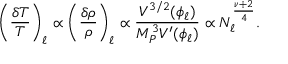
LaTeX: \left( \frac { \delta T } { T } \right) _ { \ell } \propto \left( \frac { \delta \rho } { \rho } \right) _ { \ell } \propto \frac { V ^ { 3 / 2 } ( \phi _ { \ell } ) } { M _ { P } ^ { 3 } V ^ { \prime } ( \phi _ { \ell } ) } \propto N _ { \ell } ^ { \frac { \nu + 2 } { 4 } } .